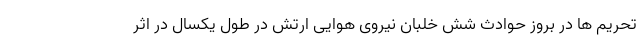
تحریم ها در بروز حوادث شش خلبان نیروی هوایی ارتش در طول یکسال در اثر